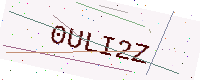
Text: 0ULI2Z